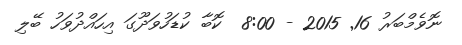
ނޮވެމްބަރު 16